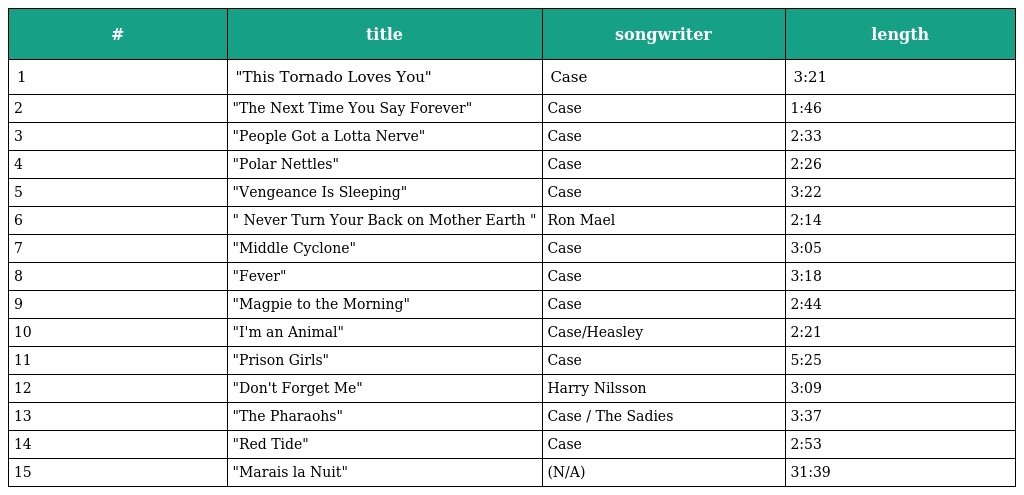
| # | title | songwriter | length |
 | --- | --- | --- | --- |
 | 1 | "This Tornado Loves You" | Case | 3:21 |
 | 2 | "The Next Time You Say Forever" | Case | 1:46 |
 | 3 | "People Got a Lotta Nerve" | Case | 2:33 |
 | 4 | "Polar Nettles" | Case | 2:26 |
 | 5 | "Vengeance Is Sleeping" | Case | 3:22 |
 | 6 | " Never Turn Your Back on Mother Earth " | Ron Mael | 2:14 |
 | 7 | "Middle Cyclone" | Case | 3:05 |
 | 8 | "Fever" | Case | 3:18 |
 | 9 | "Magpie to the Morning" | Case | 2:44 |
 | 10 | "I'm an Animal" | Case/Heasley | 2:21 |
 | 11 | "Prison Girls" | Case | 5:25 |
 | 12 | "Don't Forget Me" | Harry Nilsson | 3:09 |
 | 13 | "The Pharaohs" | Case / The Sadies | 3:37 |
 | 14 | "Red Tide" | Case | 2:53 |
 | 15 | "Marais la Nuit" | (N/A) | 31:39 |